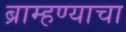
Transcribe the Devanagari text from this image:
ब्राम्हण्याचा